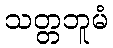
သတ္တဘူမံ